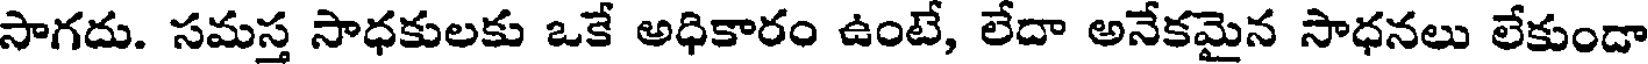
సాగదు. సమస్త సాధకులకు ఒకే అధికారం ఉంటే, లేదా అనేకమైన సాధనలు లేకుండా